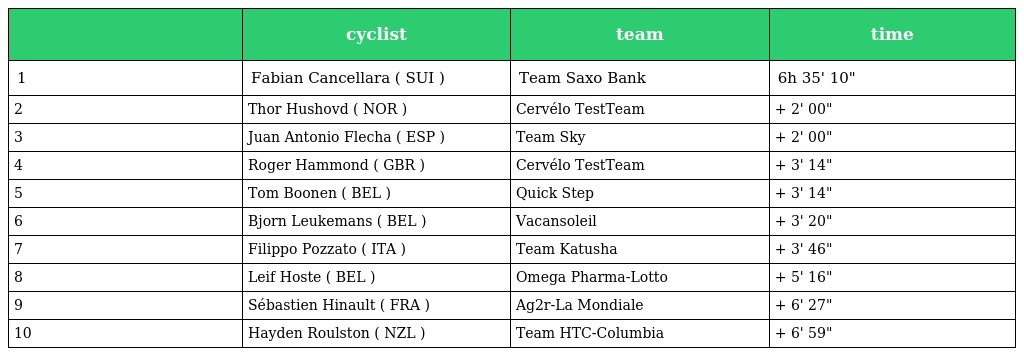
|  | cyclist | team | time |
 | --- | --- | --- | --- |
 | 1 | Fabian Cancellara ( SUI ) | Team Saxo Bank | 6h 35' 10" |
 | 2 | Thor Hushovd ( NOR ) | Cervélo TestTeam | + 2' 00" |
 | 3 | Juan Antonio Flecha ( ESP ) | Team Sky | + 2' 00" |
 | 4 | Roger Hammond ( GBR ) | Cervélo TestTeam | + 3' 14" |
 | 5 | Tom Boonen ( BEL ) | Quick Step | + 3' 14" |
 | 6 | Bjorn Leukemans ( BEL ) | Vacansoleil | + 3' 20" |
 | 7 | Filippo Pozzato ( ITA ) | Team Katusha | + 3' 46" |
 | 8 | Leif Hoste ( BEL ) | Omega Pharma-Lotto | + 5' 16" |
 | 9 | Sébastien Hinault ( FRA ) | Ag2r-La Mondiale | + 6' 27" |
 | 10 | Hayden Roulston ( NZL ) | Team HTC-Columbia | + 6' 59" |